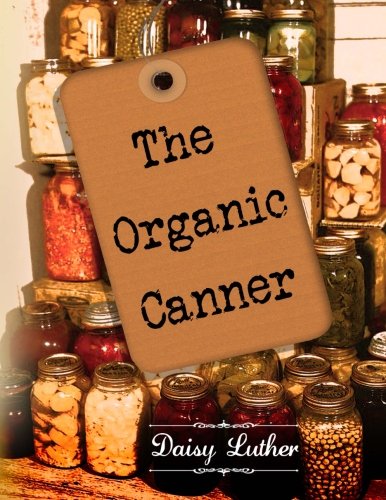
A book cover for The Organic Canner; Daisy Luther; Cookbooks, Food & Wine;